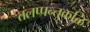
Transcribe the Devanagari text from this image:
तलप्पन्तुकळि